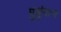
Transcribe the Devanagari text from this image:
मुकुंदाना